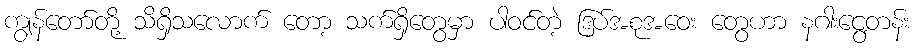
ကျွန်တော်တို့ သိရှိသလောက် တော့ သက်ရှိတွေမှာ ပါဝင်တဲ့ ဒြပ်အစုအဝေး တွေဟာ နဂါးငွေ့တန်း